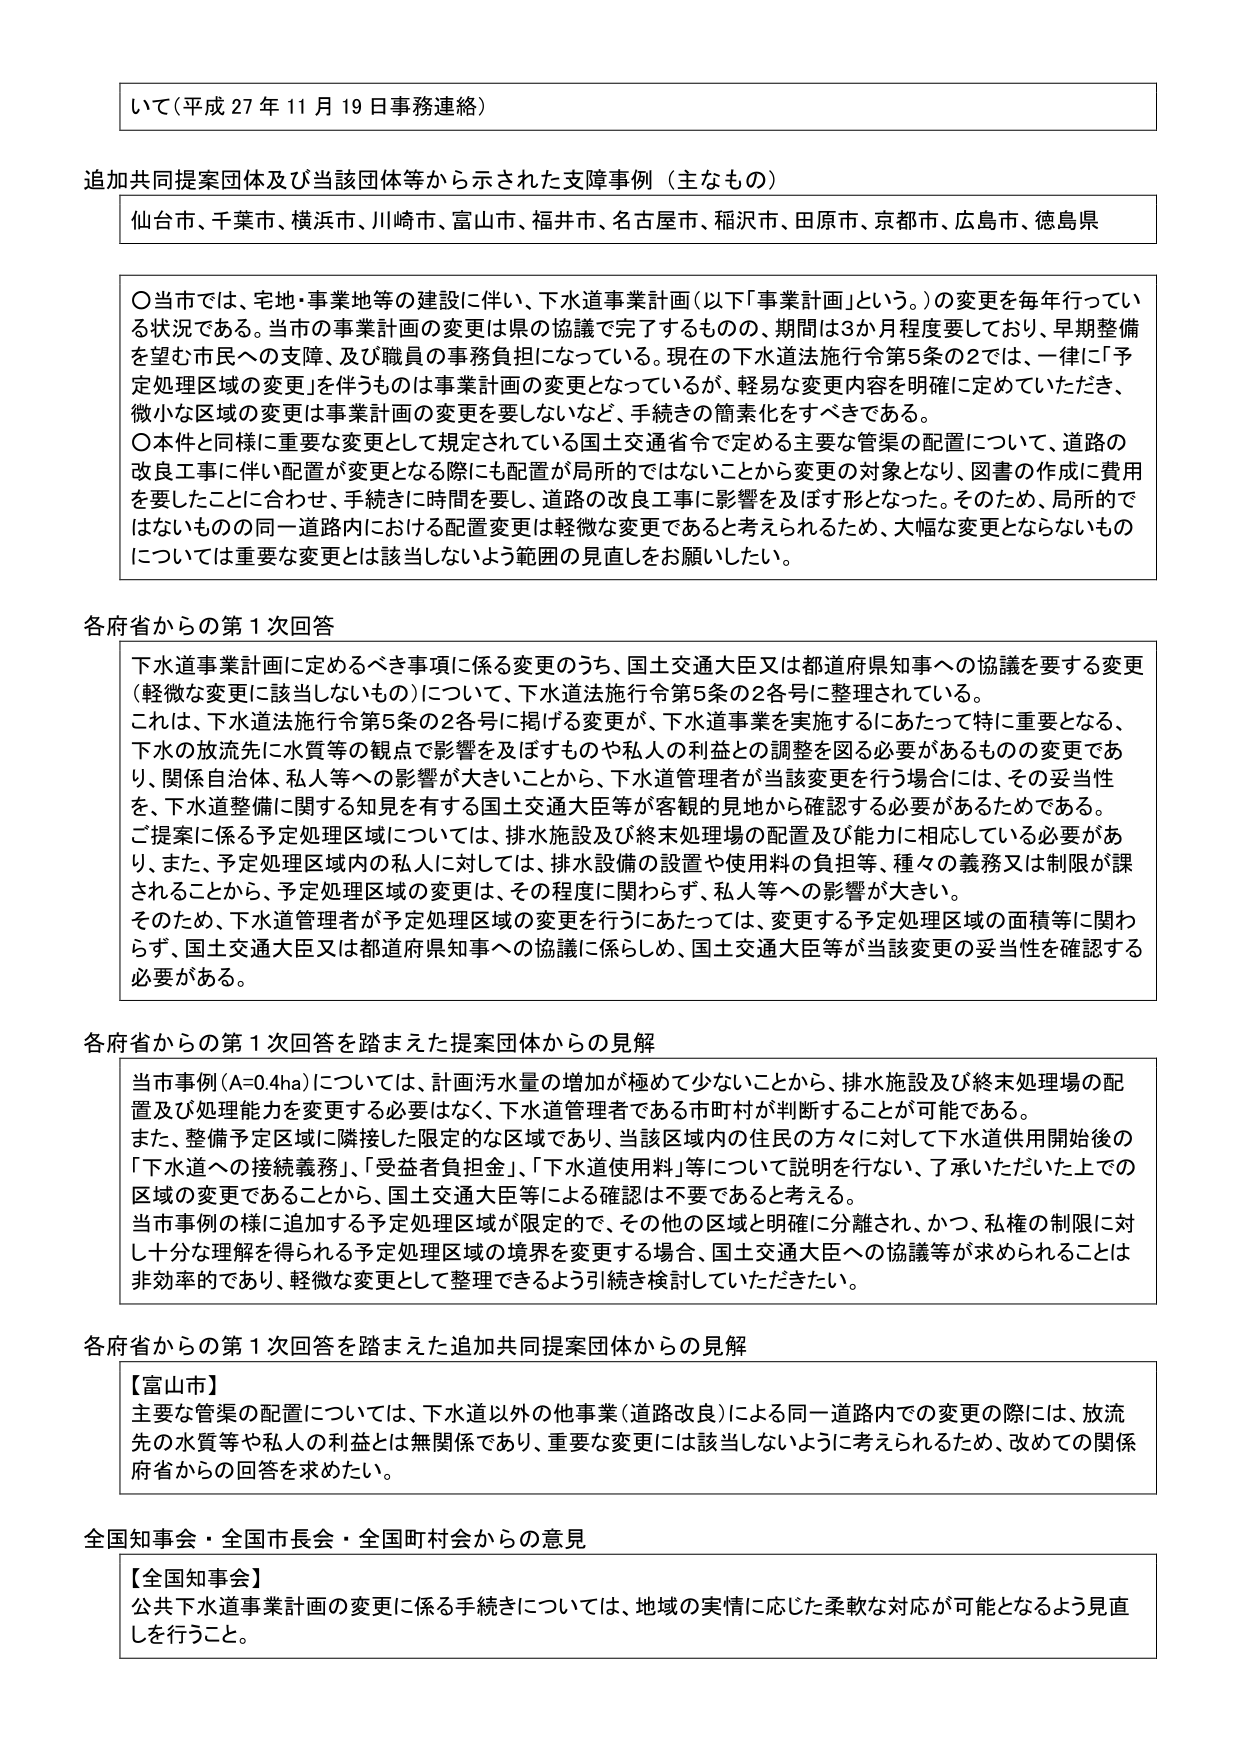
いて（平成27年11月19日事務連絡）

追加共同提案団体及び当該団体等から示された支援事例（主なもの）
仙台市、千葉市、横浜市、川崎市、富山市、福井市、名古屋市、稲沢市、田原市、京都市、広島市、徳島県

〇当市では、宅地・事業地等の建設に伴い、下水道事業計画（以下「事業計画」という。）の変更を毎年行っている状況である。当市の事業計画の変更は県の協議で完了するものの、期間は3か月程度要しており、早期整備を望む市民への支障、及び職員の事務負担になっている。現在の下水道法施行令第5条の2では、一律に「予定処理区域の変更」を伴うものは事業計画の変更となっているが、軽易な変更内容を明確に定めていただき、微小な区域の変更は事業計画の変更を要しないなど、手続きの簡素化をすべきである。
〇本件と同様に重要な変更として規定されている国土交通省令で定める主要な管渠の配置について、道路の改良工事に伴い配置が変更となる際にも配置が局所的ではないことから変更の対象となり、図書の作成に費用を要したことに合わせ、手続きに時間を要し、道路の改良工事に影響を及ぼす形となった。そのため、局所的ではないものの同一道路内における配置変更は軽微な変更であると考えられるため、大幅な変更とならないものについては重要な変更とは該当しないよう範囲の見直しをお願いしたい。

各府省からの第1次回答
下水道事業計画に定めるべき事項に係る変更のうち、国土交通大臣又は都道府県知事への協議を要する変更（軽微な変更に該当しないもの）について、下水道法施行令第5条の2各号に整理されている。
これは、下水道法施行令第5条の2各号に掲げる変更が、下水道事業を実施するにあたって特に重要となる、下水の放流先に水質等の観点で影響を及ぼすものや私人の利益との調整を図る必要があるものの変更であり、関係自治体、私人等への影響が大きいことから、下水道管理者が当該変更を行う場合には、その妥当性を、下水道整備に関する知見を有する国土交通大臣等が客観的見地から確認する必要があるためである。
ご提案に係る予定処理区域については、排水施設及び終末処理場の配置及び能力に相応している必要があり、また、予定処理区域内の私人に対しては、排水設備の設置や使用料の負担等、種々の義務又は制限が課されることから、予定処理区域の変更は、その程度に関わらず、私人等への影響が大きい。
そのため、下水道管理者が予定処理区域の変更を行うにあたっては、変更する予定処理区域の面積等に関わらず、国土交通大臣又は都道府県知事への協議に係らしめ、国土交通大臣等が当該変更の妥当性を確認する必要がある。

各府省からの第1次回答を踏まえた提案団体からの見解
当市事例（A=0.4ha）については、計画汚水量の増加が極めて少ないことから、排水施設及び終末処理場の配置及び処理能力を変更する必要はなく、下水道管理者である市町村が判断することが可能である。
また、整備予定区域に隣接した限定的な区域であり、当該区域内の住民の方々に対して下水道供用開始後の「下水道への接続義務」、「受益者負担金」、「下水道使用料」等について説明を行い、了承いただいた上での区域の変更であることから、国土交通大臣等による確認は不要であると考える。
当市事例の様に追加する予定処理区域が限定的で、その他の区域と明確に分離され、かつ、私権の制限に対し十分な理解を得られる予定処理区域の境界を変更する場合、国土交通大臣への協議等が求められることは非効率的であり、軽微な変更として整理できるよう引続き検討していただきたい。

各府省からの第1次回答を踏まえた追加共同提案団体からの見解
【富山市】
主要な管渠の配置については、下水道以外の他事業（道路改良）による同一道路内での変更の際には、放流先の水質等や私人の利益とは無関係であり、重要な変更には該当しないように考えられるため、改めての関係府省からの回答を求めたい。

全国知事会・全国市長会・全国町村会からの意見
【全国知事会】
公共下水道事業計画の変更に係る手続きについては、地域の実情に応じた柔軟な対応が可能となるよう見直しを行うこと。